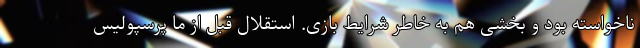
ناخواسته بود و بخشی هم به خاطر شرایط بازی. استقلال قبل از ما پرسپولیس